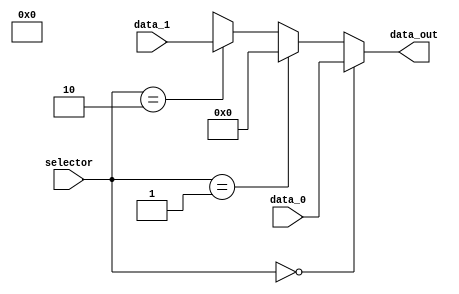
module Mux_AluA (  
    input wire [1:0] selector,
    input wire [31:0] data_0, data_1,
    output wire [31:0] data_out
);
    assign data_out = (selector == 2'b00) ? data_0 :
                      (selector == 2'b01) ? 32'd0 :
                      (selector == 2'b10) ? data_1 :
                      2'bxx;

endmodule